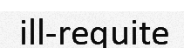
ill-requite